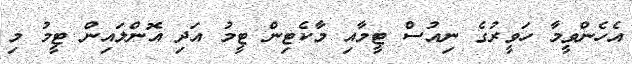
އެހެންވީމާ ހަވީރުގެ ނިއުސް ޓީމާއި މާކެޓިން ޓީމު އަދި އޮންލައިން ޓީމު މި